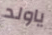
ياولد